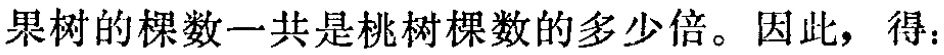
果树的棵数一共是桃树棵数的多少倍。因此，得：